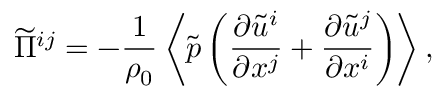
\widetilde { \Pi } ^ { i j } = - \frac { 1 } { \rho _ { 0 } } \left\langle { \tilde { p } \left( { \frac { \partial \tilde { u } ^ { i } } { \partial x ^ { j } } + \frac { \partial \tilde { u } ^ { j } } { \partial x ^ { i } } } \right) } \right\rangle ,